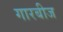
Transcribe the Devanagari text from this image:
गारबीज